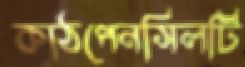
কাঠপেনসিলটি